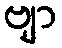
ဗျာ